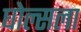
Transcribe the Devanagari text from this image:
घोल्सला